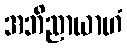
အဘိညာယာဟံ